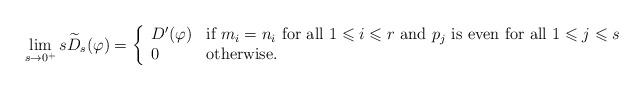
LaTeX: \begin{align*}\displaystyle \lim\limits_{s\to 0^+} s\widetilde{D}_s(\varphi)=\left\{ \begin{array}{ll} D'(\varphi) & \mbox{if } m_i=n_i \mbox{ for all } 1\leqslant i\leqslant r \mbox{ and } p_j \mbox{ is even for all } 1\leqslant j\leqslant s \\ 0 & \mbox{otherwise.} \end{array}\right.\end{align*}